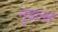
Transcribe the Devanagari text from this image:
नुडल्स